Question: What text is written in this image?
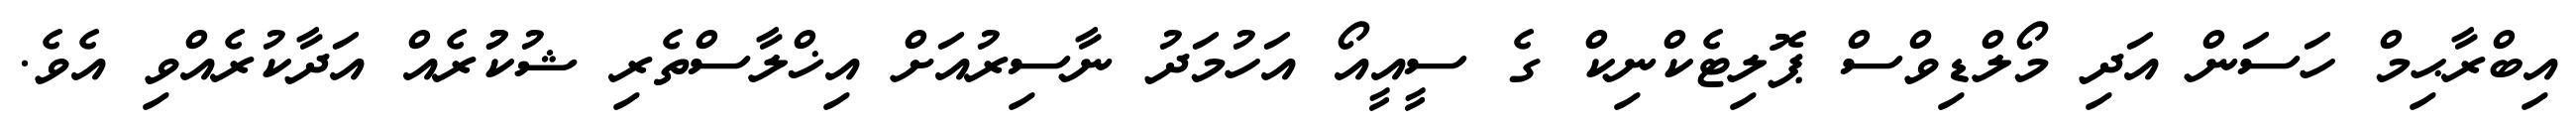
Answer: އިބްރާޙިމް ހަސަން އަދި މޯލްޑިވްސް ޕޮލިޓެކްނިކް ގެ ސީއީއޯ އަހުމަދު ނާސިރުއަށް އިޚްލާސްތެރި ޝުކުުރެއް އަދާކުރެއްވި އެވެ.